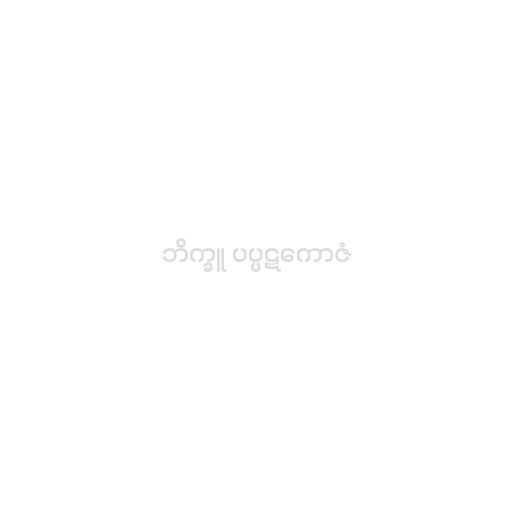
ဘိက္ခူ ပပ္ပဋကောဇံ